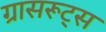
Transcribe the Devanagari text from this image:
ग्रासरूट्स